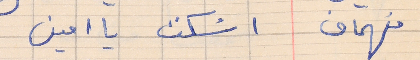
فهمان     اسْكت يا امين